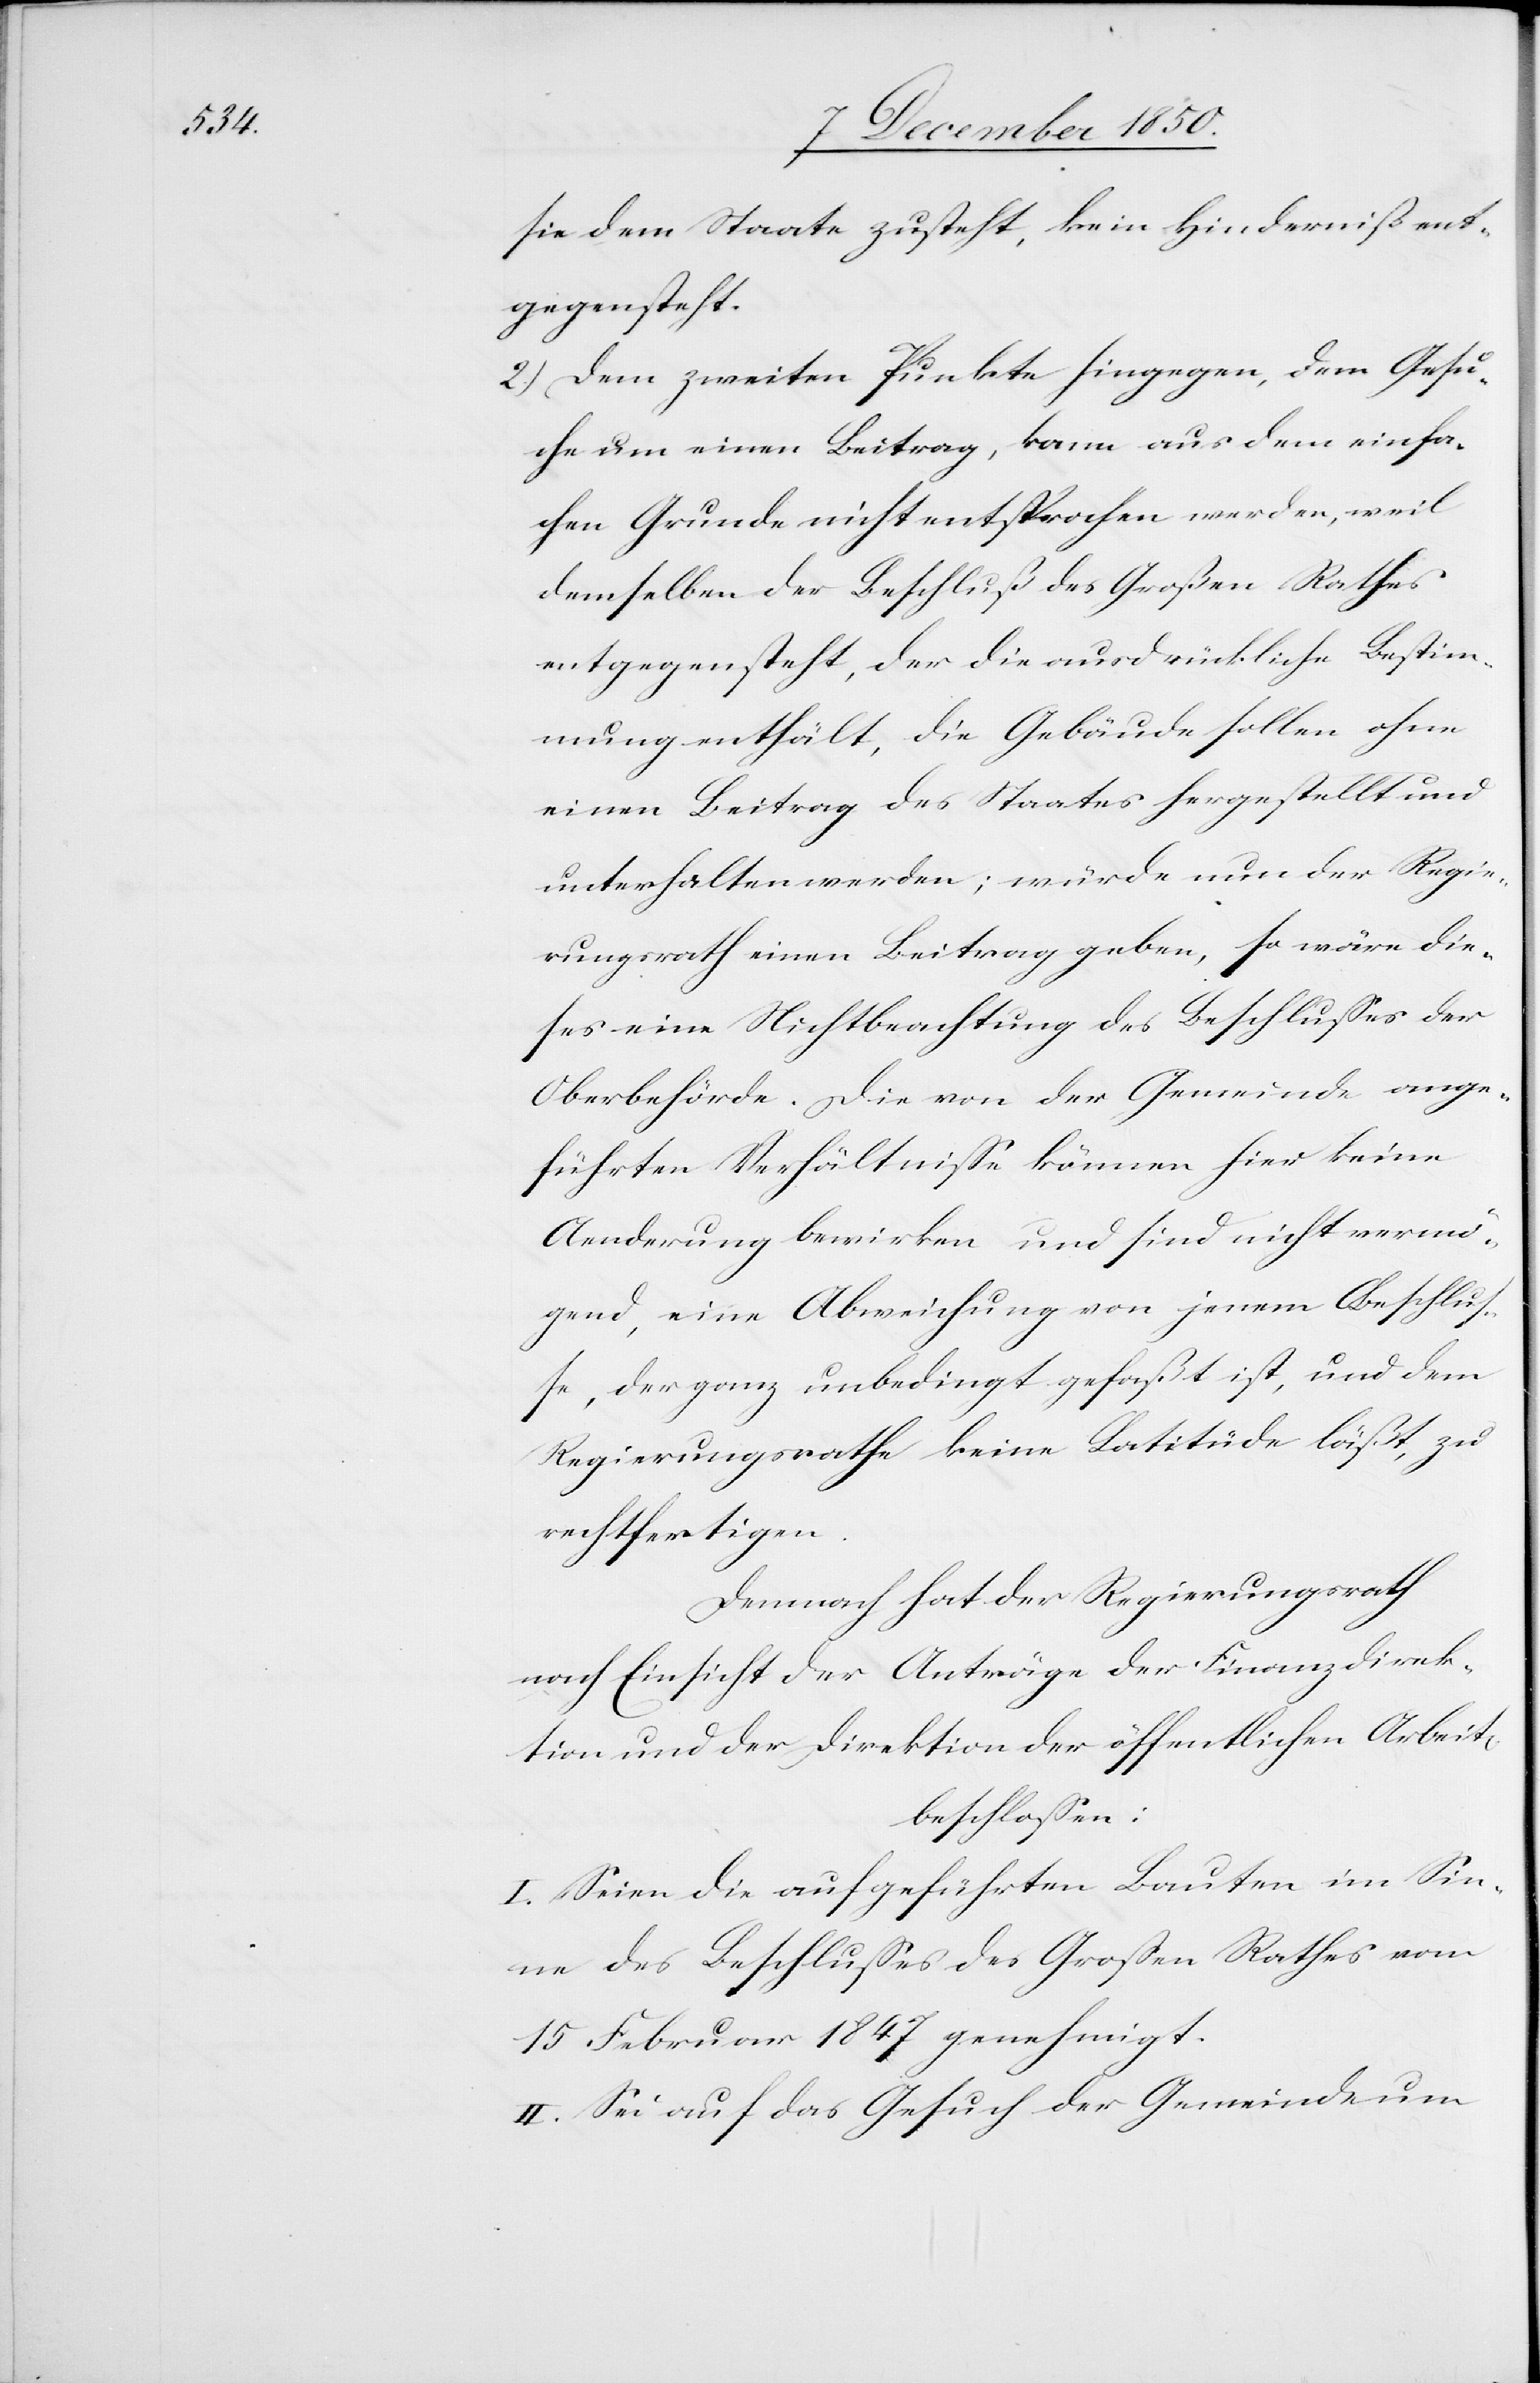
sie dem Staate zusteht, kein Hinderniß ent¬
gegensteht.
2.) Dem zweiten Punkte hingegen, dem Gesu¬
che um einen Beitrag, kann aus dem einfa¬
chen Grunde nicht entsprochen werden, weil
demselben der Beschluß des Großen Rathes
entgegensteht, der die ausdrückliche Bestim¬
mung enthält, die Gebäude sollen ohne
einen Beitrag des Staates hergestellt und
unterhalten werden; würde nun der Regie¬
rungsrath einen Beitrag geben, so wäre die¬
ses eine Nichtbeachtung des Beschlusses der
Oberbehörde. Die von der Gemeinde ange¬
führten Verhältnisse können hier keine
Aenderung bewirken und sind nicht vermö¬
gend, eine Abweichung von jenem Beschlus¬
se, der ganz unbedingt gefaßt ist, und dem
Regierungsrathe keine Latitüde läßt, zu
rechtfertigen.
Demnach hat der Regierungsrath
nach Einsicht der Anträge der Finanzdirek¬
tion und der Direktion der öffentlichen Arbeit[en]
beschlossen:
I. Seien die aufgeführten Bauten im Sin¬
ne des Beschlusses des Großen Rathes vom
15 Februar 1847 genehmigt.
II. Sei auf das Gesuch der Gemeinde um